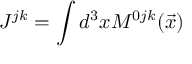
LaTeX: J ^ { j k } = \int d ^ { 3 } x M ^ { 0 j k } ( \vec { x } )